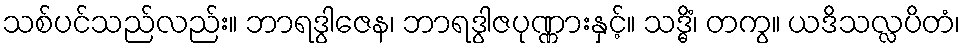
သစ်ပင်သည်လည်း။ ဘာရဒွါဇေန၊ ဘာရဒွါဇပုဏ္ဏားနှင့်။ သဒ္ဓိံ၊ တကွ။ ယဒိသလ္လပိတံ၊